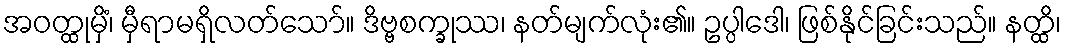
အဝတ္ထုမှိံ၊ မှီရာမရှိလတ်သော်။ ဒိဗ္ဗစက္ခုဿ၊ နတ်မျက်လုံး၏။ ဥပ္ပါဒေါ၊ ဖြစ်နိုင်ခြင်းသည်။ နတ္ထိ၊